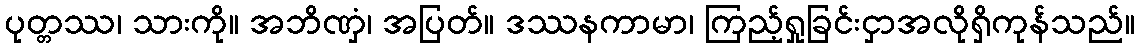
ပုတ္တဿ၊ သားကို။ အဘိဏှံ၊ အပြတ်။ ဒဿနကာမာ၊ ကြည့်ရှုခြင်းငှာအလိုရှိကုန်သည်။